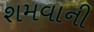
શમવાની